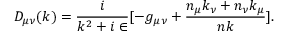
D _ { \mu \nu } ( k ) = { \frac { i } { k ^ { 2 } + i \in } } [ - g _ { \mu \nu } + { \frac { n _ { \mu } k _ { \nu } + n _ { \nu } k _ { \mu } } { n k } } ] .